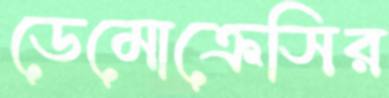
ডেমোক্রেসির